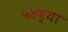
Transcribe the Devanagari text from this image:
५४व्या